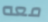
معه